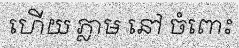
ហើយ ភ្លាម នៅ ចំពោះ